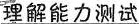
理解能力测试